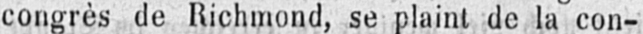
congrès de Richmond, se plaint de la con-